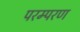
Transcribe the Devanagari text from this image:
परम्परण